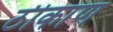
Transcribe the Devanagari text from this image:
ठीकाण